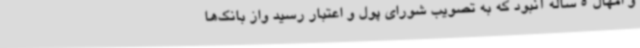
و امهال 5 ساله‌ آنبود که به تصویب شورای پول و اعتبار رسید واز بانک‌ها